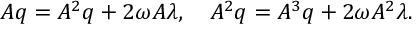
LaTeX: A q = A ^ { 2 } q + { 2 \omega } A \lambda , \quad A ^ { 2 } q = A ^ { 3 } q + { 2 \omega } A ^ { 2 } \lambda .